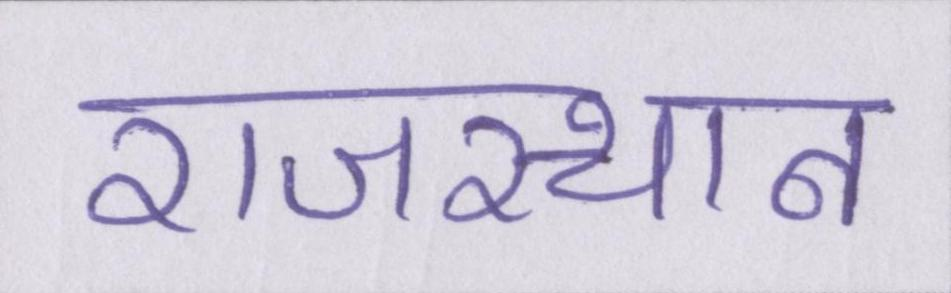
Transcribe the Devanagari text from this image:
राजस्थान